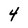
Character: 4